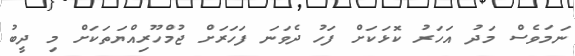
ނަމަވެސް މަދު އަހަރު ކޮޅަކަށް ފަހު ދެވަނަ ފަހަރަށް ޖުމްހޫރިއްޔަތަކަށް މި ދީބު